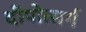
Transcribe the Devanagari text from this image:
दीपोत्सर्ग